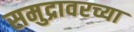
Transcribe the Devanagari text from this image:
समुद्रावरच्या